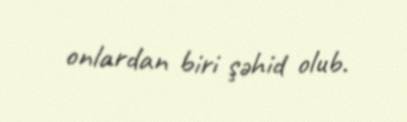
onlardan biri şəhid olub.